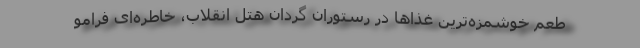
طعم خوشمزه‌ترین غذاها در رستوران گردان هتل انقلاب، خاطره‌ای فرامو